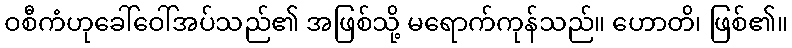
ဝစီကံဟုခေါ်ဝေါ်အပ်သည်၏ အဖြစ်သို့ မရောက်ကုန်သည်။ ဟောတိ၊ ဖြစ်၏။